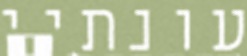
עונתיי